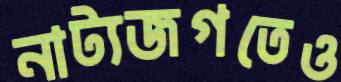
নাট্যজগতেও